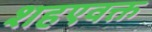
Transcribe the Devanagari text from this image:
शहएवक्त